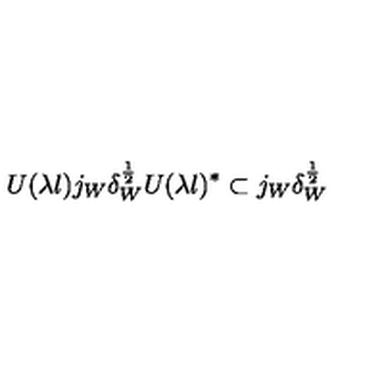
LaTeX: U ( \lambda l ) j _ { W } \delta _ { W } ^ { \frac { 1 } { 2 } } U ( \lambda l ) ^ { * } \subset j _ { W } \delta _ { W } ^ { \frac { 1 } { 2 } }